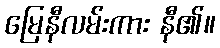
မြေနီလမ်းကား နီ၏။